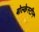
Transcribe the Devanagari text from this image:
बोल्केस्टीन